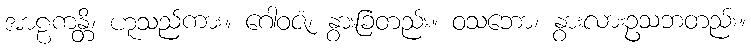
အာဠကန္တိ၊ ဟူသည်ကား။ ဂေါဝဇံ၊ နွားခြံတည်း။ ဝသဘော၊ နွားလားဥသဘတည်း။